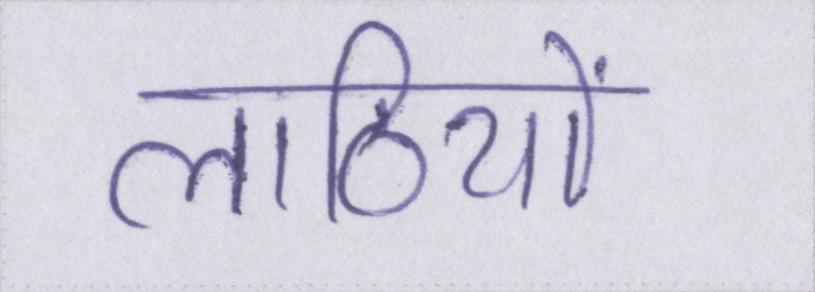
लाठियों